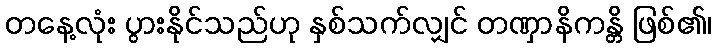
တနေ့လုံး ပွားနိုင်သည်ဟု နှစ်သက်လျှင် တဏှာနိကန္တိ ဖြစ်၏၊